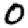
Digit: 0